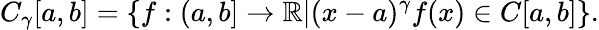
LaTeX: C_{\gamma}[a,b]=\{ f:(a,b]\to\mathbb{R}|(x-a)^{\gamma}f(x)\in C[a,b]\} .